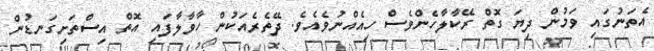
އެތަނުގައި ވަމުން ދިޔަ ގޮތް ރޭކާލާހެންވެސް ހިއެެއްނުވެއެވެ. ދޭތެރެއަކުން ހާވާލާފައި އޮތް އިސްތަށިގަނޑުން